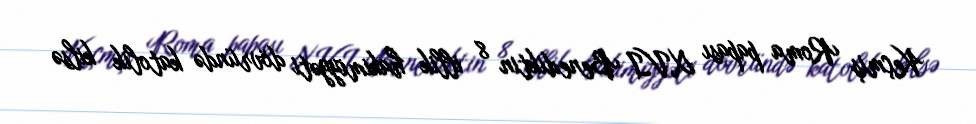
Keçmiş Roma papası XVI Benediktin 8 illik hakimiyyəti dövründə katolik kilsə